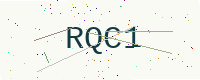
Text: RQC1